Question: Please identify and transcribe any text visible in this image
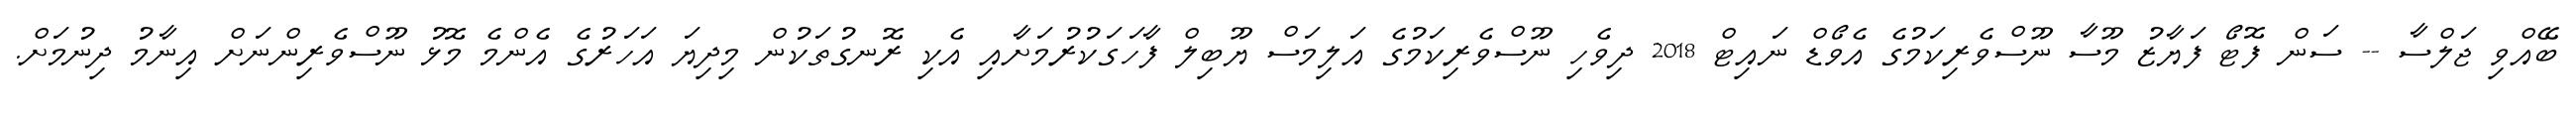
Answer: ބޭއްވި ޖަލްސާ -- ސަން ފޮޓޯ ފަޔާޒު މޫސާ ނޫސްވެރިކަމުގެ އެވޯޑް ނައިޓް 2018 ދިވެހި ނޫސްވެރިކަމުގެ އަލިމަސް ޔޫބިލް ފާހަގަކުރުމަށާއި އެކި ރޮނގުތަކުން މިދިޔަ އަހަރުގެ އެންމެ މޮޅު ނޫސްވެރިންނަށް އިނާމު ދިނުމަށް.